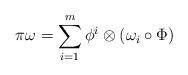
LaTeX: \begin{align*}\pi \omega = \sum_{i=1}^m \phi^i\otimes (\omega_i\circ \Phi)\end{align*}